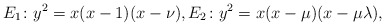
\begin{align*}E_1\colon y^2=x(x-1)(x-\nu),E_2\colon y^2=x(x-\mu)(x-\mu\lambda),\end{align*}